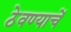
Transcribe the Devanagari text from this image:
ठेवण्याचें